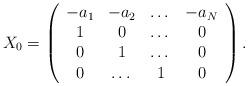
LaTeX: \begin{align*}X_0=\left (\begin{array}{cccc}-a_1&-a_2&\dots&-a_N\\1&0&\dots&0\\0&1&\dots&0\\0&\dots&1&0\\\end{array}\right ).\end{align*}